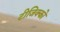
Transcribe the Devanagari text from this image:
टीजिक्को